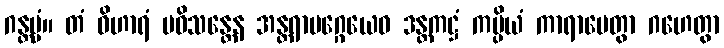
ဂန္တဗ္ဗံ။ တံ ဝိဟာရံ ပဝိသန္တေန အန္တရာမဂ္ဂေယေဝ ဒန္တကဋ္ဌံ ကပ္ပိယံ ကာရာပေတွာ ဂဟေတွာ